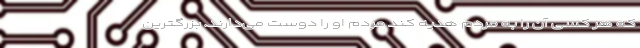
که هر کسی آن را به مردم هدیه کند مردم او را دوست می‌دارند. بزرگترین